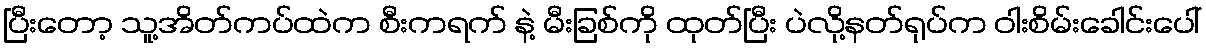
ပြီးတော့ သူ့အိတ်ကပ်ထဲက စီးကရက် နဲ့ မီးခြစ်ကို ထုတ်ပြီး ပဲလို့နတ်ရုပ်က ဝါးစိမ်းခေါင်းပေါ်